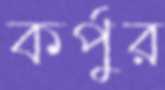
কর্পুর